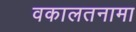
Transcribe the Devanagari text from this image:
वकालतनामा